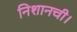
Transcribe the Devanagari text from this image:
निशानची।